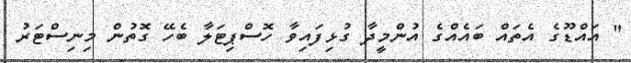
" އައްޑޫގެ އެތައް ބައެއްގެ އުންމީދާ ގުޅިފައިވާ ހޮސްޕިޓަލާ ބެހޭ ގޮތުން މިނިސްޓަރު